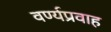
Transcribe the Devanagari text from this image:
वर्ण्यप्रवाह